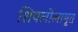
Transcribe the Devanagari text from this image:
शिवलीलामृत